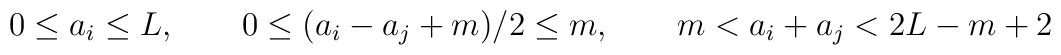
0\le a_i\le L,\qquad 0\le (a_i-a_j+m)/2\le m,\qquad m < a_i+a_j< 2L-m+2